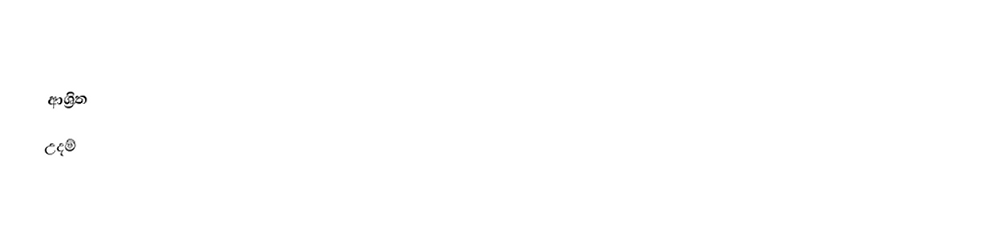

ආශ්‍රිත
 උදම්